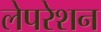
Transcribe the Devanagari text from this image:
लेपरेशन